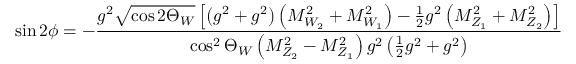
\sin { 2 \phi } = - \frac { g ^ { 2 } \sqrt { \cos { 2 \Theta _ { W } } } \left[ \left( g ^ { 2 } + g ^ { 2 } \right) \left( M _ { W _ { 2 } } ^ { 2 } + M _ { W _ { 1 } } ^ { 2 } \right) - \frac { 1 } { 2 } g ^ { 2 } \left( M _ { Z _ { 1 } } ^ { 2 } + M _ { Z _ { 2 } } ^ { 2 } \right) \right] } { \cos ^ { 2 } { \Theta _ { W } } \left( M _ { Z _ { 2 } } ^ { 2 } - M _ { Z _ { 1 } } ^ { 2 } \right) g ^ { 2 } \left( \frac { 1 } { 2 } g ^ { 2 } + g ^ { 2 } \right) }